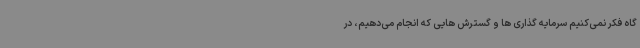
گاه فکر نمی‌کنیم سرمایه گذاری ها و گسترش هایی که انجام می‌دهیم، در